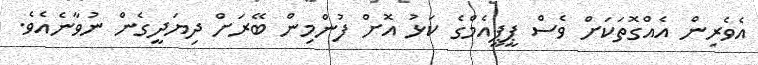
އެވެރިން އެއްގޮތަކަށް ވެސް ޕީޕީއެމްގެ ކަޅު އޮށް ފުންމިން ބޭރަށް ދިޔަދީގެން ނުވާނެއެވެ.